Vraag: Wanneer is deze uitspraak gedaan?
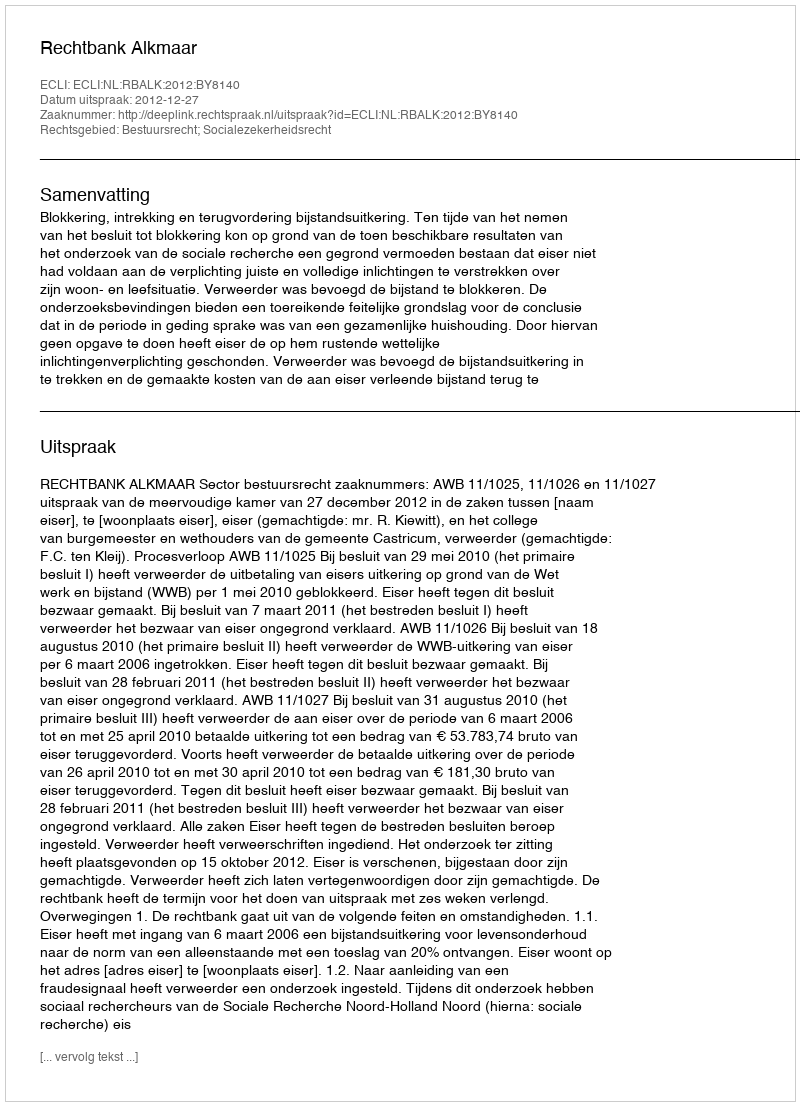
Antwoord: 2012-12-27